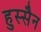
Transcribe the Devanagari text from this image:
हुस्सैन